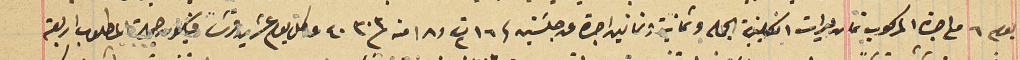
يوم ٦ مع اجرة المركوب ثمان ليرات انكليزية الجمله وثمانية وثمانين اجرة عن جلسَتين فى ١٦ ت٢ و١٨ منه ٣٠٣ ٤٠ عن كل يوم عشرين قرشاً فيكون جملة المطلوب اربعة